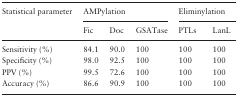
| <ROWSPAN=2> Statistical parameter | <COLSPAN=3> AMPylation | <COLSPAN=2> Eliminylation |
 | Fic | Doc | GSATase | PTLs | LanL |
 | --- | --- | --- | --- | --- | --- |
 | Sensitivity (%) | 84.1 | 90.0 | 100 | 100 | 100 |
 | Specificity (%) | 98.0 | 92.5 | 100 | 100 | 100 |
 | PPV (%) | 99.5 | 72.6 | 100 | 100 | 100 |
 | Accuracy (%) | 86.6 | 90.9 | 100 | 100 | 100 |